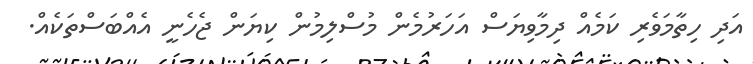
އަދި ހިތާމަވެރި ކަމެއް ދިމާވިޔަސް އަހަރުމެން މުސްލިމުން ކިޔަން ޖެހެނީ އެއްބަސްތަކެއް.